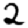
Digit: 2